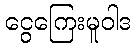
ငွေကြေးမူဝါဒ